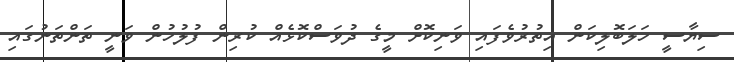
ސިޔާސީ ހަލަބޮލިކަން އިތުރުވެފައި ވަނިކޮށް މީގެ ދުވަސްކޮޅެއް ކުރިން ފުލުހުން ވަނީ ތަންތަނުގައި